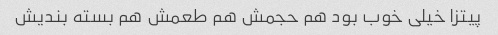
پیتزا خیلی خوب بود هم حجمش هم طعمش هم بسته بندیش